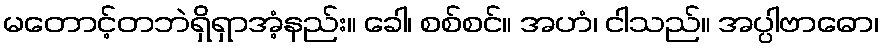
မတောင့်တဘဲရှိရှာအံ့နည်း။ ခေါ၊ စစ်စင်။ အဟံ၊ ငါသည်။ အပ္ပါဗာဓော၊